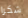
شكرا